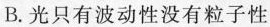
B.光只有波动性没有粒子性